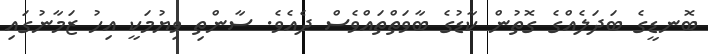
ބޮނޑީގެ ބަދަލެއްގެ ގޮތުން ކާޑުގެ ބާވަތްތައްވެސް ދެއެވެ. ސާންތި ވިޔުމަކީ އިހު ޒަމާނުގައި